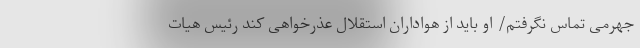
جهرمی تماس نگرفتم/ او باید از هواداران استقلال عذرخواهی کند رئیس هیات